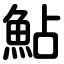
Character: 鮎